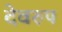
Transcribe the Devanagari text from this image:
देवरुप